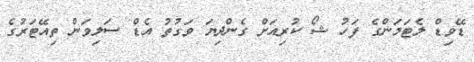
ޑޭވިޑް ލެޓަމަންގެ ފަހު ޝޯ ކުރިއަށް ގެންދިޔަ ވަގުތު އެޑް ސަލިވަން ތިއޭޓަރުގެ